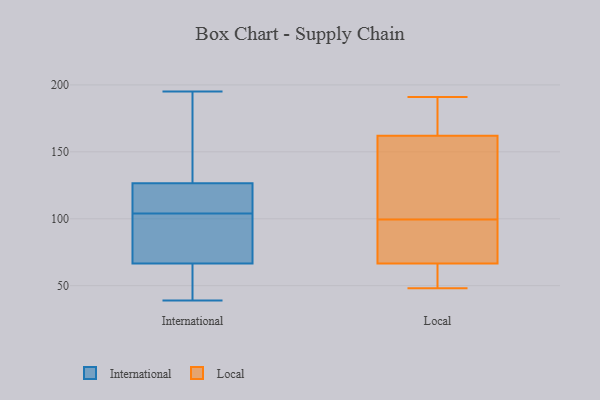
{"axis": {"x": "Budget (USD K)", "y": "Value"}, "legend": ["International", "Local"], "data": [{"x": "", "y": 130, "type": "International"}, {"x": "", "y": 96, "type": "International"}, {"x": "", "y": 47, "type": "International"}, {"x": "", "y": 195, "type": "International"}, {"x": "", "y": 76, "type": "International"}, {"x": "", "y": 54, "type": "International"}, {"x": "", "y": 96, "type": "International"}, {"x": "", "y": 169, "type": "International"}, {"x": "", "y": 60, "type": "International"}, {"x": "", "y": 73, "type": "International"}, {"x": "", "y": 123, "type": "International"}, {"x": "", "y": 111, "type": "International"}, {"x": "", "y": 138, "type": "International"}, {"x": "", "y": 39, "type": "International"}, {"x": "", "y": 102, "type": "International"}, {"x": "", "y": 186, "type": "International"}, {"x": "", "y": 113, "type": "International"}, {"x": "", "y": 106, "type": "International"}, {"x": "", "y": 60, "type": "International"}, {"x": "", "y": 112, "type": "International"}, {"x": "", "y": 69, "type": "Local"}, {"x": "", "y": 179, "type": "Local"}, {"x": "", "y": 81, "type": "Local"}, {"x": "", "y": 118, "type": "Local"}, {"x": "", "y": 166, "type": "Local"}, {"x": "", "y": 48, "type": "Local"}, {"x": "", "y": 65, "type": "Local"}, {"x": "", "y": 62, "type": "Local"}, {"x": "", "y": 155, "type": "Local"}, {"x": "", "y": 191, "type": "Local"}, {"x": "", "y": 68, "type": "Local"}, {"x": "", "y": 158, "type": "Local"}]}